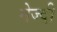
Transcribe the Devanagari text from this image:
नेज्दी